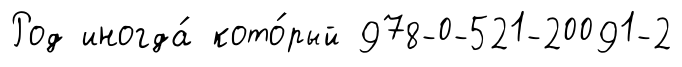
Род иногда́ кото́рый 978-0-521-20091-2